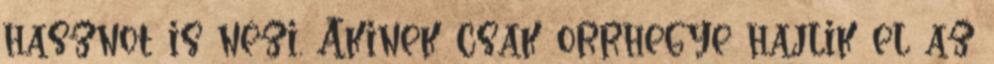
hasznot is nézi. Akinek csak orrhegye hajlik el az